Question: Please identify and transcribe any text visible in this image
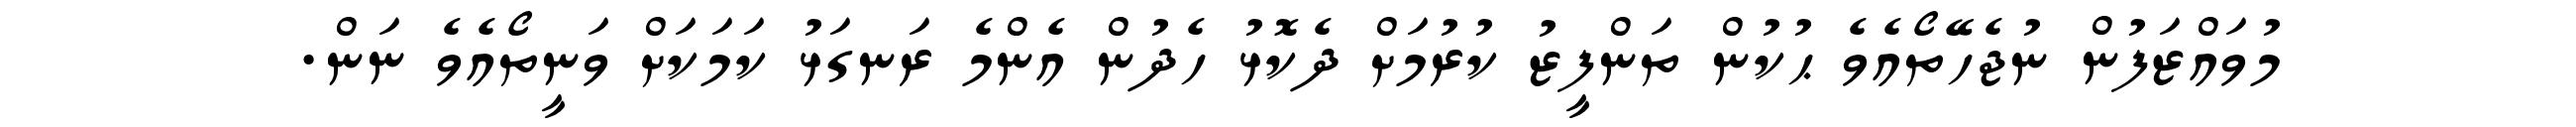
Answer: މުވައްޒަފުން ނުޖެހޭތޯއެވެ ޙުކުން ތަންފީޒު ކުރުމަށް ދެކޮޅު ހެދުން އެންމެ ރަނގަޅު ކަމަކަށް ވަނީތޯއެވެ ނަން.